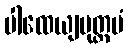
ပါထေယျမုတ္တမံ